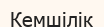
Кемшілік